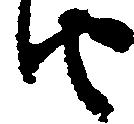
由